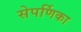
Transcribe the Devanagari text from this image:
सेपर्णिका